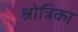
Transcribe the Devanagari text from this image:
श्रोत्रिका